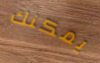
يمكنك